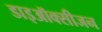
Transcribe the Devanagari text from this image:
डाइऑक्सीजन